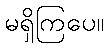
မရှိကြပေ။